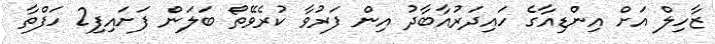
ޒާހިލް އަށް އިންޑިއާގެ ހައިދަރުއާބާދު އިން ފަރުވާ ކުރެވޭތޯ ބަލަން ފަށައިފި2 ހަފްތާ